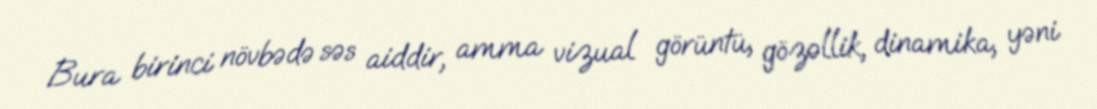
Bura birinci növbədə səs aiddir, amma vizual görüntü, gözəllik, dinamika, yəni